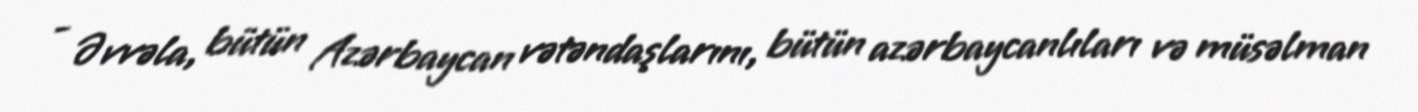
- Əvvəla, bütün Azərbaycan vətəndaşlarını, bütün azərbaycanlıları və müsəlman